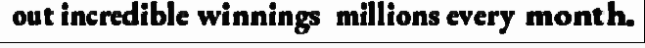
out incredible winnings  millions every month.